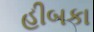
હીબકા